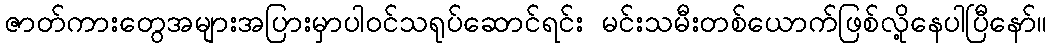
ဇာတ်ကားတွေအများအပြားမှာပါဝင်သရုပ်ဆောင်ရင်း မင်းသမီးတစ်ယောက်ဖြစ်လို့နေပါပြီနော်။